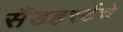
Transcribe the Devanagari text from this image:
सँडहर्स्टचे